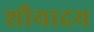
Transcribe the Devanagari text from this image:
शौयादय